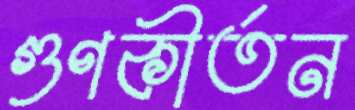
গুণকীর্তন